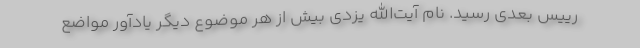
رییس بعدی رسید. نام آیت‌الله یزدی بیش از هر موضوع دیگر یادآور مواضع